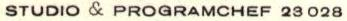
STUDIO & PROGRAMCHEF 23 028